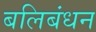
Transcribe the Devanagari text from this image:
बलिबंधन